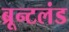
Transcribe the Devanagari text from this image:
ब्रून्टलंड